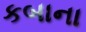
કબાના